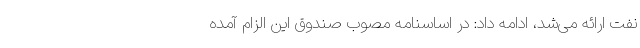
نفت ارائه می‌شد، ادامه داد: در اساسنامه مصوب صندوق این الزام آمده